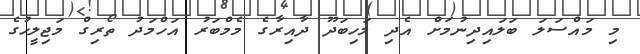
މި މައްސަލަ ބަލައިދިނުމަށް އެދި މަހިބަދޫ ދާއިރާގެ މެމްބަރު އަހްމަދު ތޯރިގް މަޖިލީހުގެ